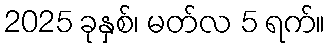
2025 ခုနှစ်၊ မတ်လ 5 ရက်။